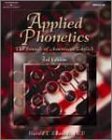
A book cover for Applied Phonetics: The Sounds of American English, 3rd Edition; Harold T. Edwards; Reference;